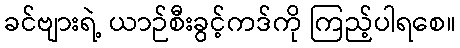
ခင်ဗျားရဲ့ ယာဉ်စီးခွင့်ကဒ်ကို ကြည့်ပါရစေ။